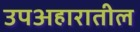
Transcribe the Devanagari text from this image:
उपअहारातील